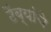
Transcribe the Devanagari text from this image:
टेंब्यांचे